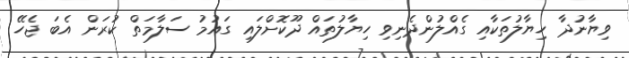
ވިޔާނުދާ ހިޔާލުތަކާއި ގެއްލުންދެނިވި ހިޔާލުތައް ދޫކޮށްލައި ގައުމު ސަލާމަތް ކުރަން އެބަ ޖެހޭ